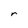
Character: r